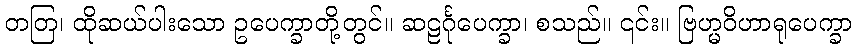
တတြ၊ ထိုဆယ်ပါးသော ဥပေက္ခာတို့တွင်။ ဆဠင်္ဂုပေက္ခာ၊ စသည်။ ၎င်း။ ဗြဟ္မဝိဟာရုပေက္ခာ